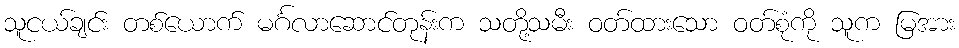
သူငယ်ချင်း တစ်ယောက် မင်္ဂလာဆောင်တုန်းက သတို့သမီး ဝတ်ထားသော ဝတ်စုံကို သူက မြအား